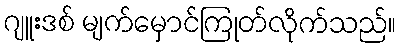
ဂျူးဒစ် မျက်မှောင်ကြုတ်လိုက်သည်။